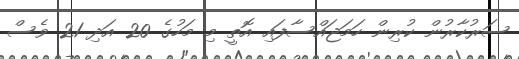
ސަރުކާރުން ކުރިން ހަމަޖައްސާފައި އޮތީ މި މަހުގެ 20 އަދި 21 ވެސް